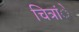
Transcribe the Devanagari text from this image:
चित्रांे